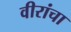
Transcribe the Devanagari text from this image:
वीरांचा